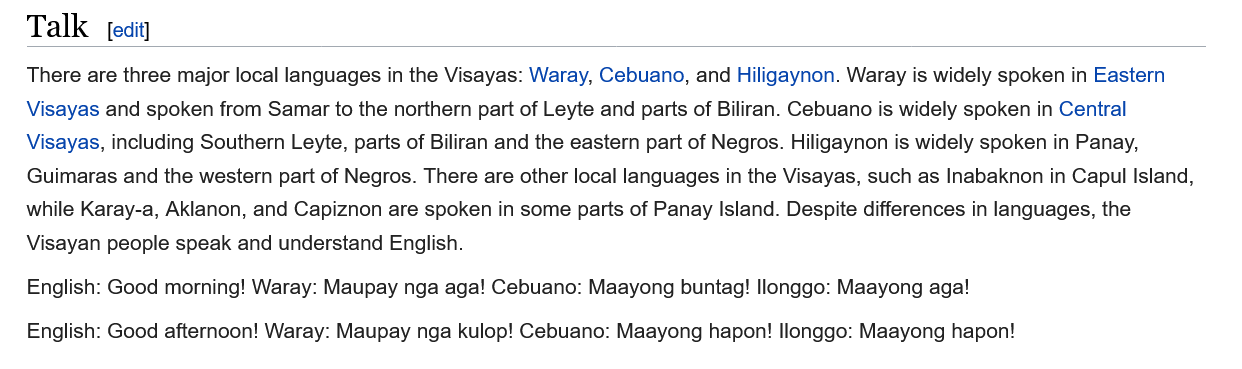
Talk   [edit]
   There are three major local languages in the Visayas: Waray, Cebuano, and Hiligaynon. Waray is widely spoken in Eastern
   Visayas and spoken from Samar to the northern part of Leyte and parts of Biliran. Cebuano is widely spoken in Central
   Visayas, including Southern Leyte, parts of Biliran and the eastern part of Negros. Hiligaynon is widely spoken in Panay,
   Guimaras and the western part of Negros. There are other local languages in the Visayas, such as Inabaknon in Capul Island,
   while Karay-a, Aklanon, and Capiznon are spoken in some parts of Panay Island. Despite differences in languages, the
   Visayan people speak and understand English.
   English: Good morning! Waray: Maupay nga aga! Cebuano: Maayong buntag! Ilonggo: Maayong aga!

     :
     Good afternoon! Waray: Maupay nga kulop! Cebuano: Maayong hapon! Ilonggo: Maayong hapon!